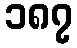
၁၈၇